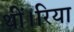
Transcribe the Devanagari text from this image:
थीं।रिया